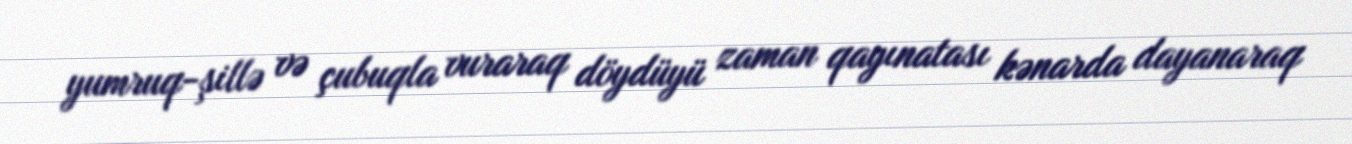
yumruq-şillə və çubuqla vuraraq döydüyü zaman qayınatası kənarda dayanaraq